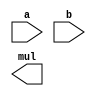
module alu_mul
	#(parameter WORD_WIDTH = 32)
    (input  wire [     WORD_WIDTH  - 1:0] a,
	  input  wire [     WORD_WIDTH  - 1:0] b,
	  output wire [(2 * WORD_WIDTH) - 1:0] mul);

`define WALLACE

`ifdef BOOTH
	// Multiplier and multiplicand - add two bits to avoid corner failures
	reg [(2*WORD_WIDTH)+1:0] A, S, P, c1, c2;
	reg ready = 0;
	wire [WORD_WIDTH-1:0]comp_a;
	wire r1, r2, r3;

	// Adders ready to go using CSA_16
	alu_add comp_2(~a, 1'b1, r1, comp_a); // 2's complement of a
	alu_add #(.WORD_WIDTH((2*WORD_WIDTH)+2)) case_1 (P, A, r2, c1); // for case 1 in the algorithm: P+A
	alu_add #(.WORD_WIDTH((2*WORD_WIDTH)+2)) case_2 (P, S, r3, c2); // for case 2 in the algorithm: P+S

   initial begin
		// Initialize the first multiplicand with a, and pad to the right with 0's
		A [(2*WORD_WIDTH):(WORD_WIDTH)+1] = a;
		A[(2*WORD_WIDTH)+1] = a [WORD_WIDTH  - 1];
		A [WORD_WIDTH:0] = 0;

		// Initialize the first multiplicand with -a, and pad to the right with 0's
		S [(2*WORD_WIDTH):(WORD_WIDTH)+1] = comp_a;
		S[(2*WORD_WIDTH)+1] = comp_a[WORD_WIDTH  - 1];
		S [WORD_WIDTH:0] = 0;
		
		//Initialize the product with the value of the second multiplicand
		P [(2*WORD_WIDTH)+1:(WORD_WIDTH)+1] = 0;
		P[WORD_WIDTH:1] = b;
		P [0] = 0;
	end
	
	repeat (WORD_WIDTH) begin
		case(P[1:0])
			2'b01: begin P[(2*WORD_WIDTH)+1:0] = {c1[2*WORD_WIDTH)+1], c1[(2*WORD_WIDTH)+1:1]}; end
			2'b10: begin P[(2*WORD_WIDTH)+1:0] = {c2[2*WORD_WIDTH)+1], c2[(2*WORD_WIDTH)+1:1]}; end
			default: begin P[(2*WORD_WIDTH)+1:0] = {P[2*WORD_WIDTH)+1], P[(2*WORD_WIDTH)+1:1]}; end
		endcase
	end
	
	
	assign mul = P[(2*WORD_WIDTH):1];

`elsif WALLACE


`else
	assign mul = a * b;
`endif	

endmodule